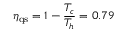
\eta _ { \mathrm { q s } } = 1 - \frac { T _ { c } } { T _ { h } } = 0 . 7 9